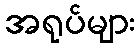
အရုပ်များ